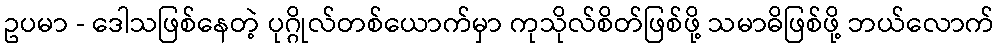
ဥပမာ - ဒေါသဖြစ်နေတဲ့ ပုဂ္ဂိုလ်တစ်ယောက်မှာ ကုသိုလ်စိတ်ဖြစ်ဖို့ သမာဓိဖြစ်ဖို့ ဘယ်လောက်